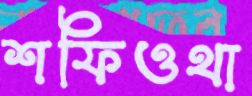
শফিওথা